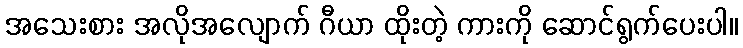
အသေးစား အလိုအလျောက် ဂီယာ ထိုးတဲ့ ကားကို ဆောင်ရွက်ပေးပါ။